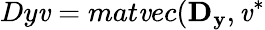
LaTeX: Dy\mathit{v}=mat\mathit{v}ec(\mathbf{{D_{y}}},\mathit{v}^{*}